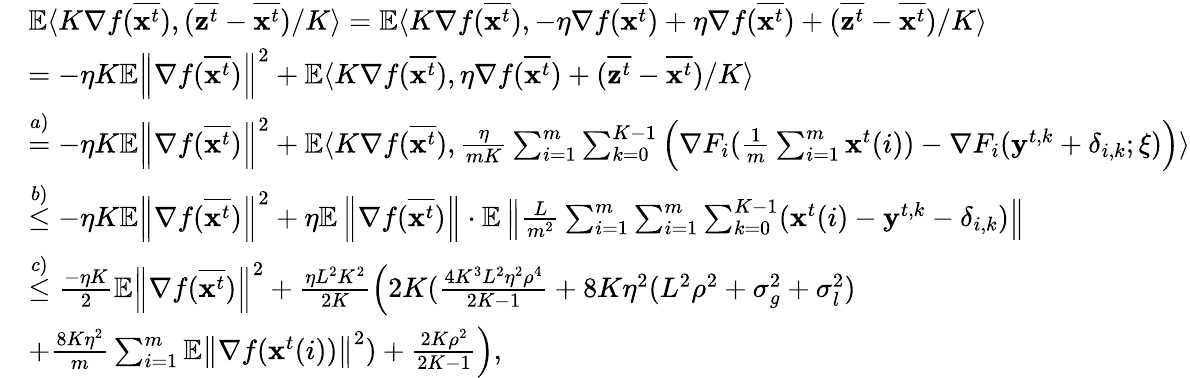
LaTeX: \begin{array}{rl}&{\mathbb{E}\langle K\nabla f(\overline{{\mathbf{x}^{t}}}),(\overline{{\mathbf{z}^{t}}}-\overline{{\mathbf{x}^{t}}})/K\rangle=\mathbb{E}\langle K\nabla f(\overline{{{\mathbf x}^{t}}}),-\eta\nabla f(\overline{{{\mathbf x}^{t}}})+\eta\nabla f(\overline{{{\mathbf x}^{t}}})+(\overline{{{\mathbf z}^{t}}}-\overline{{{\mathbf x}^{t}}})/K\rangle}\\ &{=-\eta K\mathbb{E}\left\| \nabla f(\overline{{\mathbf{x}^{t}}})\right\| ^{2}+\mathbb{E}\langle K\nabla f(\overline{{{\mathbf x}^{t}}}),\eta\nabla f(\overline{{{\mathbf x}^{t}}})+(\overline{{{\mathbf z}^{t}}}-\overline{{{\mathbf x}^{t}}})/K\rangle}\\ &{\overset{a)}{=}-\eta K\mathbb{E}\left\| \nabla f(\overline{{\mathbf{x}^{t}}})\right\| ^{2}+\mathbb{E}\langle K\nabla f(\overline{{\mathbf{x}^{t}}}),\frac{\eta}{mK}\sum_{i=1}^{m}\sum_{k=0}^{K-1}\Big(\nabla F_{i}(\frac{1}{m}\sum_{i=1}^{m}\mathbf{x}^{t}(i))-\nabla F_{i}(\mathbf{y}^{t,k}+\delta_{i,k};\xi)\Big)\rangle}\\ &{\overset{b)}{\leq}-\eta K\mathbb{E}\left\| \nabla f(\overline{{\mathbf{x}^{t}}})\right\| ^{2}+\eta\mathbb{E}\left\| \nabla f(\overline{{\mathbf{x}^{t}}})\right\| \cdot\mathbb{E}\left\| \frac{L}{m^{2}}\sum_{i=1}^{m}\sum_{i=1}^{m}\sum_{k=0}^{K-1}(\mathbf{x}^{t}(i)-\mathbf{y}^{t,k}-\delta_{i,k})\right\| }\\ &{\overset{c)}{\leq}\frac{-\eta K}{2}\mathbb{E}\left\| \nabla f(\overline{{\mathbf{x}^{t}}})\right\| ^{2}+\frac{\eta L^{2}K^{2}}{2K}\Big(2K(\frac{4K^{3}L^{2}\eta^{2}\rho^{4}}{2K-1}+8K\eta^{2}(L^{2}\rho^{2}+\sigma_{g}^{2}+\sigma_{l}^{2})}\\ &{+\frac{8K\eta^{2}}{m}\sum_{i=1}^{m}\mathbb{E}\left\| \nabla f(\mathbf{x}^{t}(i))\right\| ^{2})+\frac{2K\rho^{2}}{2K-1}\Big),}\end{array}